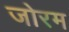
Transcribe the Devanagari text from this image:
जोरम